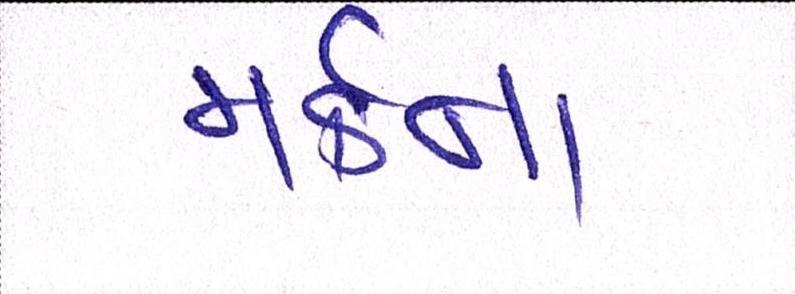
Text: મર્કના